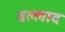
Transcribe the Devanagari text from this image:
बल्लाद